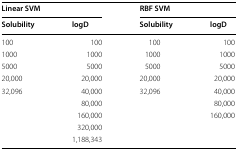
<table><thead><tr><td colspan="2"><b>Linear SVM</b></td><td colspan="2"><b>RBF SVM</b></td></tr><tr><td><b>Solubility</b></td><td><b>logD</b></td><td><b>Solubility</b></td><td><b>logD</b></td></tr></thead><tbody><tr><td>100</td><td>100</td><td>100</td><td>100</td></tr><tr><td>1000</td><td>1000</td><td>1000</td><td>1000</td></tr><tr><td>5000</td><td>5000</td><td>5000</td><td>5000</td></tr><tr><td>20,000</td><td>20,000</td><td>20,000</td><td>20,000</td></tr><tr><td>32,096</td><td>40,000</td><td>32,096</td><td>40,000</td></tr><tr><td></td><td>80,000</td><td></td><td>80,000</td></tr><tr><td></td><td>160,000</td><td></td><td>160,000</td></tr><tr><td></td><td>320,000</td><td></td><td></td></tr><tr><td></td><td>1,188,343</td><td></td><td></td></tr></tbody></table>